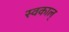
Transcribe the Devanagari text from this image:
स्वकाल्